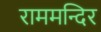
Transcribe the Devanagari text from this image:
राममन्दिर